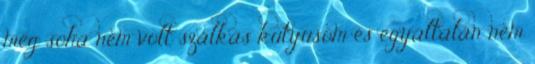
még soha nem volt szálkás kutyusom és egyáltalán nem